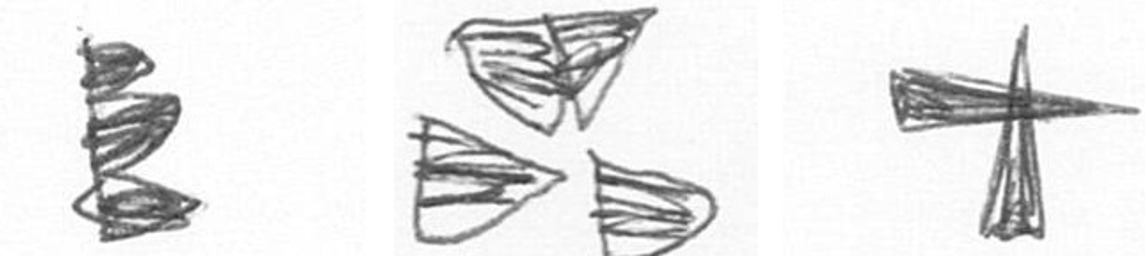
H B G